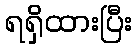
ရရှိထားပြီး